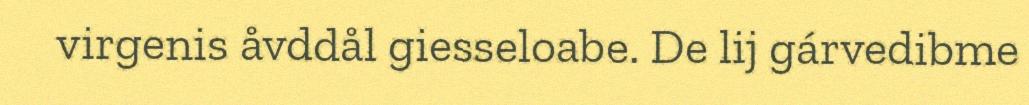
virgenis åvddål giesseloabe. De lij gárvedibme